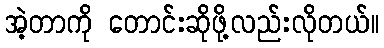
အဲ့တာကို တောင်းဆိုဖို့လည်းလိုတယ်။